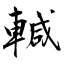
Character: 輱